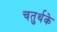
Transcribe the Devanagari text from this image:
चतुर्थके